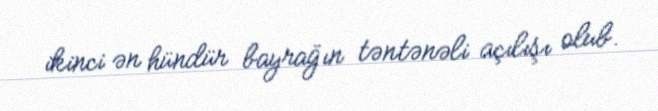
ikinci ən hündür bayrağın təntənəli açılışı olub.